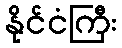
နိုင်ငံကြီး